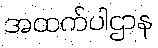
အထက်ပါဌာန